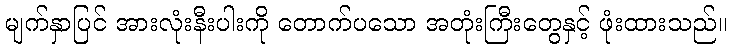
မျက်နှာပြင် အားလုံးနီးပါးကို တောက်ပသော အတုံးကြီးတွေနှင့် ဖုံးထားသည်။